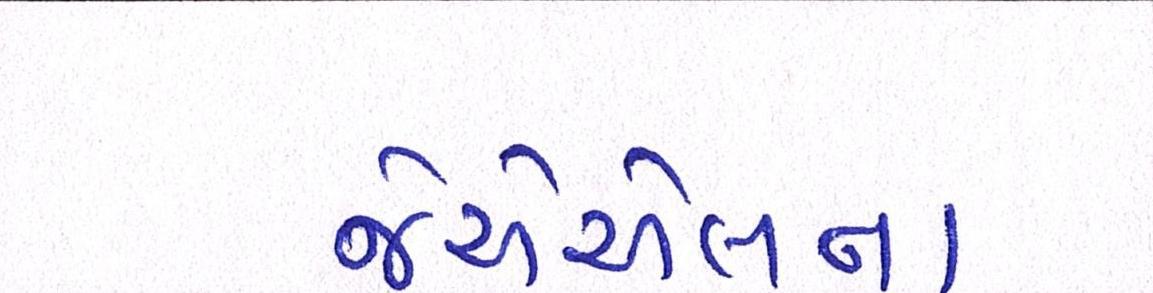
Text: જેએએલના